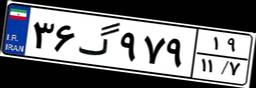
۴۰گ۲۶۹۰۱